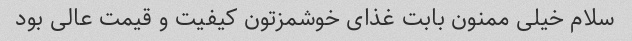
سلام خیلی ممنون بابت غذای خوشمزتون کیفیت و قیمت عالی بود